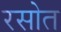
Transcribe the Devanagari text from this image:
रसोत